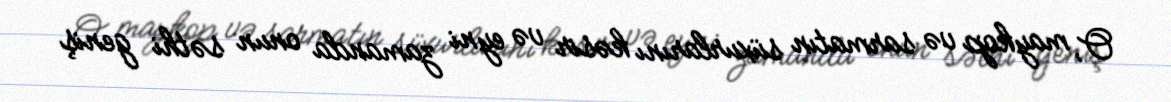
O, maykop və sarmatın süxurlarını kəsir və eyni zamanda onun səthi geniş